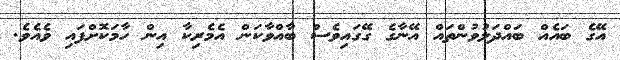
އޭގެ ބައެއް ބައްދަލުވުންތައް އޭނާގެ ގޭގައިވެސް ބާއްވާކަން އެމެރިކާ އިން ހާމަކޮށްފައި ވެއެވެ.